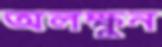
অলক্ষুন